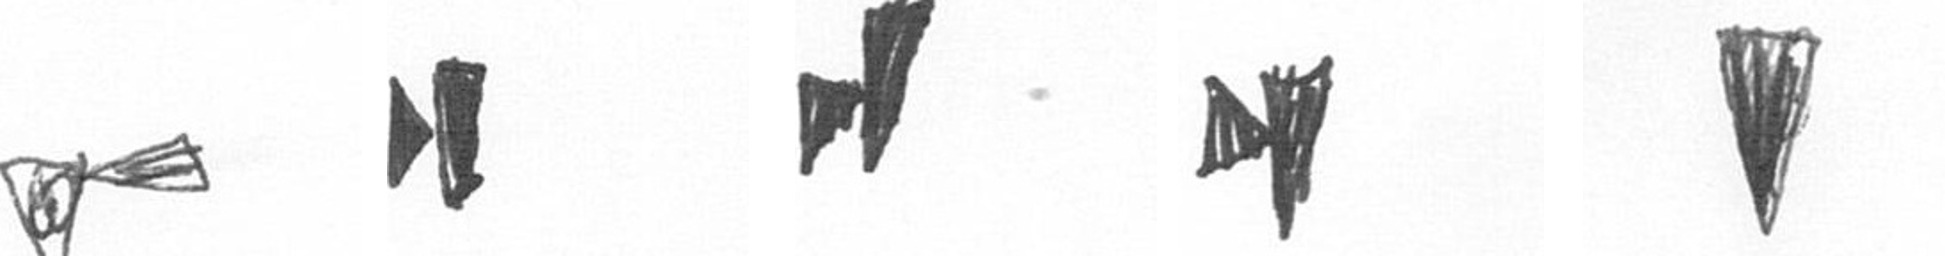
F M M M J